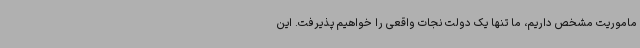
ماموریت مشخص داریم، ما تنها یک دولت نجات واقعی را خواهیم پذیرفت. این